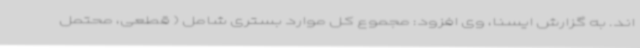
اند. به گزارش ایسنا، وی افزود: مجموع کل موارد بستری شامل ( قطعی، محتمل